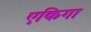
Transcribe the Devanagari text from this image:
एकिगा